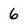
Character: 6